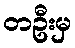
တဦးမှ